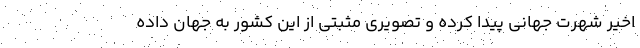
اخیر شهرت جهانی پیدا کرده و تصویری مثبتی از این کشور به جهان داده